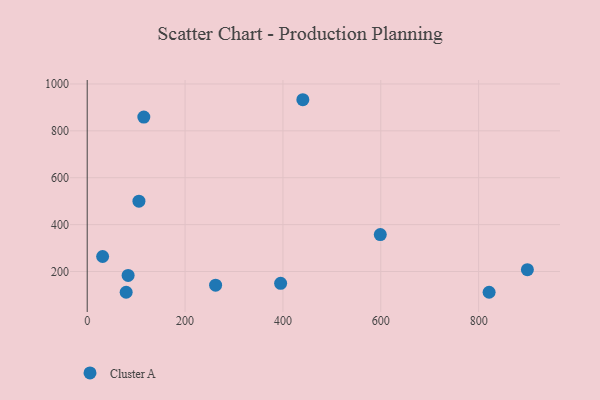
{"axis": {"x": "Speed", "y": "Sales"}, "legend": ["Cluster A"], "data": [{"x": "440.7", "y": 932.8, "type": "Cluster A"}, {"x": "105.7", "y": 500.0, "type": "Cluster A"}, {"x": "899.6", "y": 207.8, "type": "Cluster A"}, {"x": "115.7", "y": 858.7, "type": "Cluster A"}, {"x": "83.6", "y": 183.0, "type": "Cluster A"}, {"x": "262.4", "y": 141.8, "type": "Cluster A"}, {"x": "79.6", "y": 111.3, "type": "Cluster A"}, {"x": "31.5", "y": 263.9, "type": "Cluster A"}, {"x": "395.3", "y": 149.3, "type": "Cluster A"}, {"x": "821.4", "y": 111.3, "type": "Cluster A"}, {"x": "599.0", "y": 357.6, "type": "Cluster A"}]}